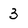
Character: 3